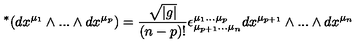
\ ^ { * } ( d x ^ { \mu _ { 1 } } \wedge . . . \wedge d x ^ { \mu _ { p } } ) = \frac { \sqrt { | g | } } { ( n - p ) ! } \epsilon _ { \mu _ { p + 1 } . . . \mu _ { n } } ^ { \mu _ { 1 } . . . \mu _ { p } } d x ^ { \mu _ { p + 1 } } \wedge . . . \wedge d x ^ { \mu _ { n } }